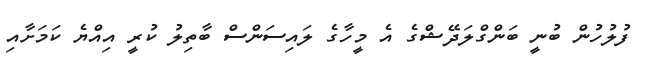
ފުލުހުން ބުނީ ބަންގްލަދޭޝްގެ އެ މީހާގެ ލައިސަންސް ބާތިލު ކުރީ އިއްޔެ ކަމަށާއި